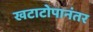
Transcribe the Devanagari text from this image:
खटाटोपानंतर